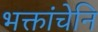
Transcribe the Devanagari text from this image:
भक्तांचेनि